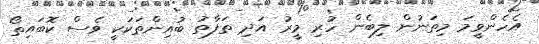
އެހެންވީމަ މިތަނުން ލިބެން ހުރި މީރު އަދި ތަފާތު ބުއިންތަކަކީ ވެސް ކޮބައިތޯ